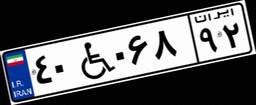
۴۰W۰۶۸۹۲